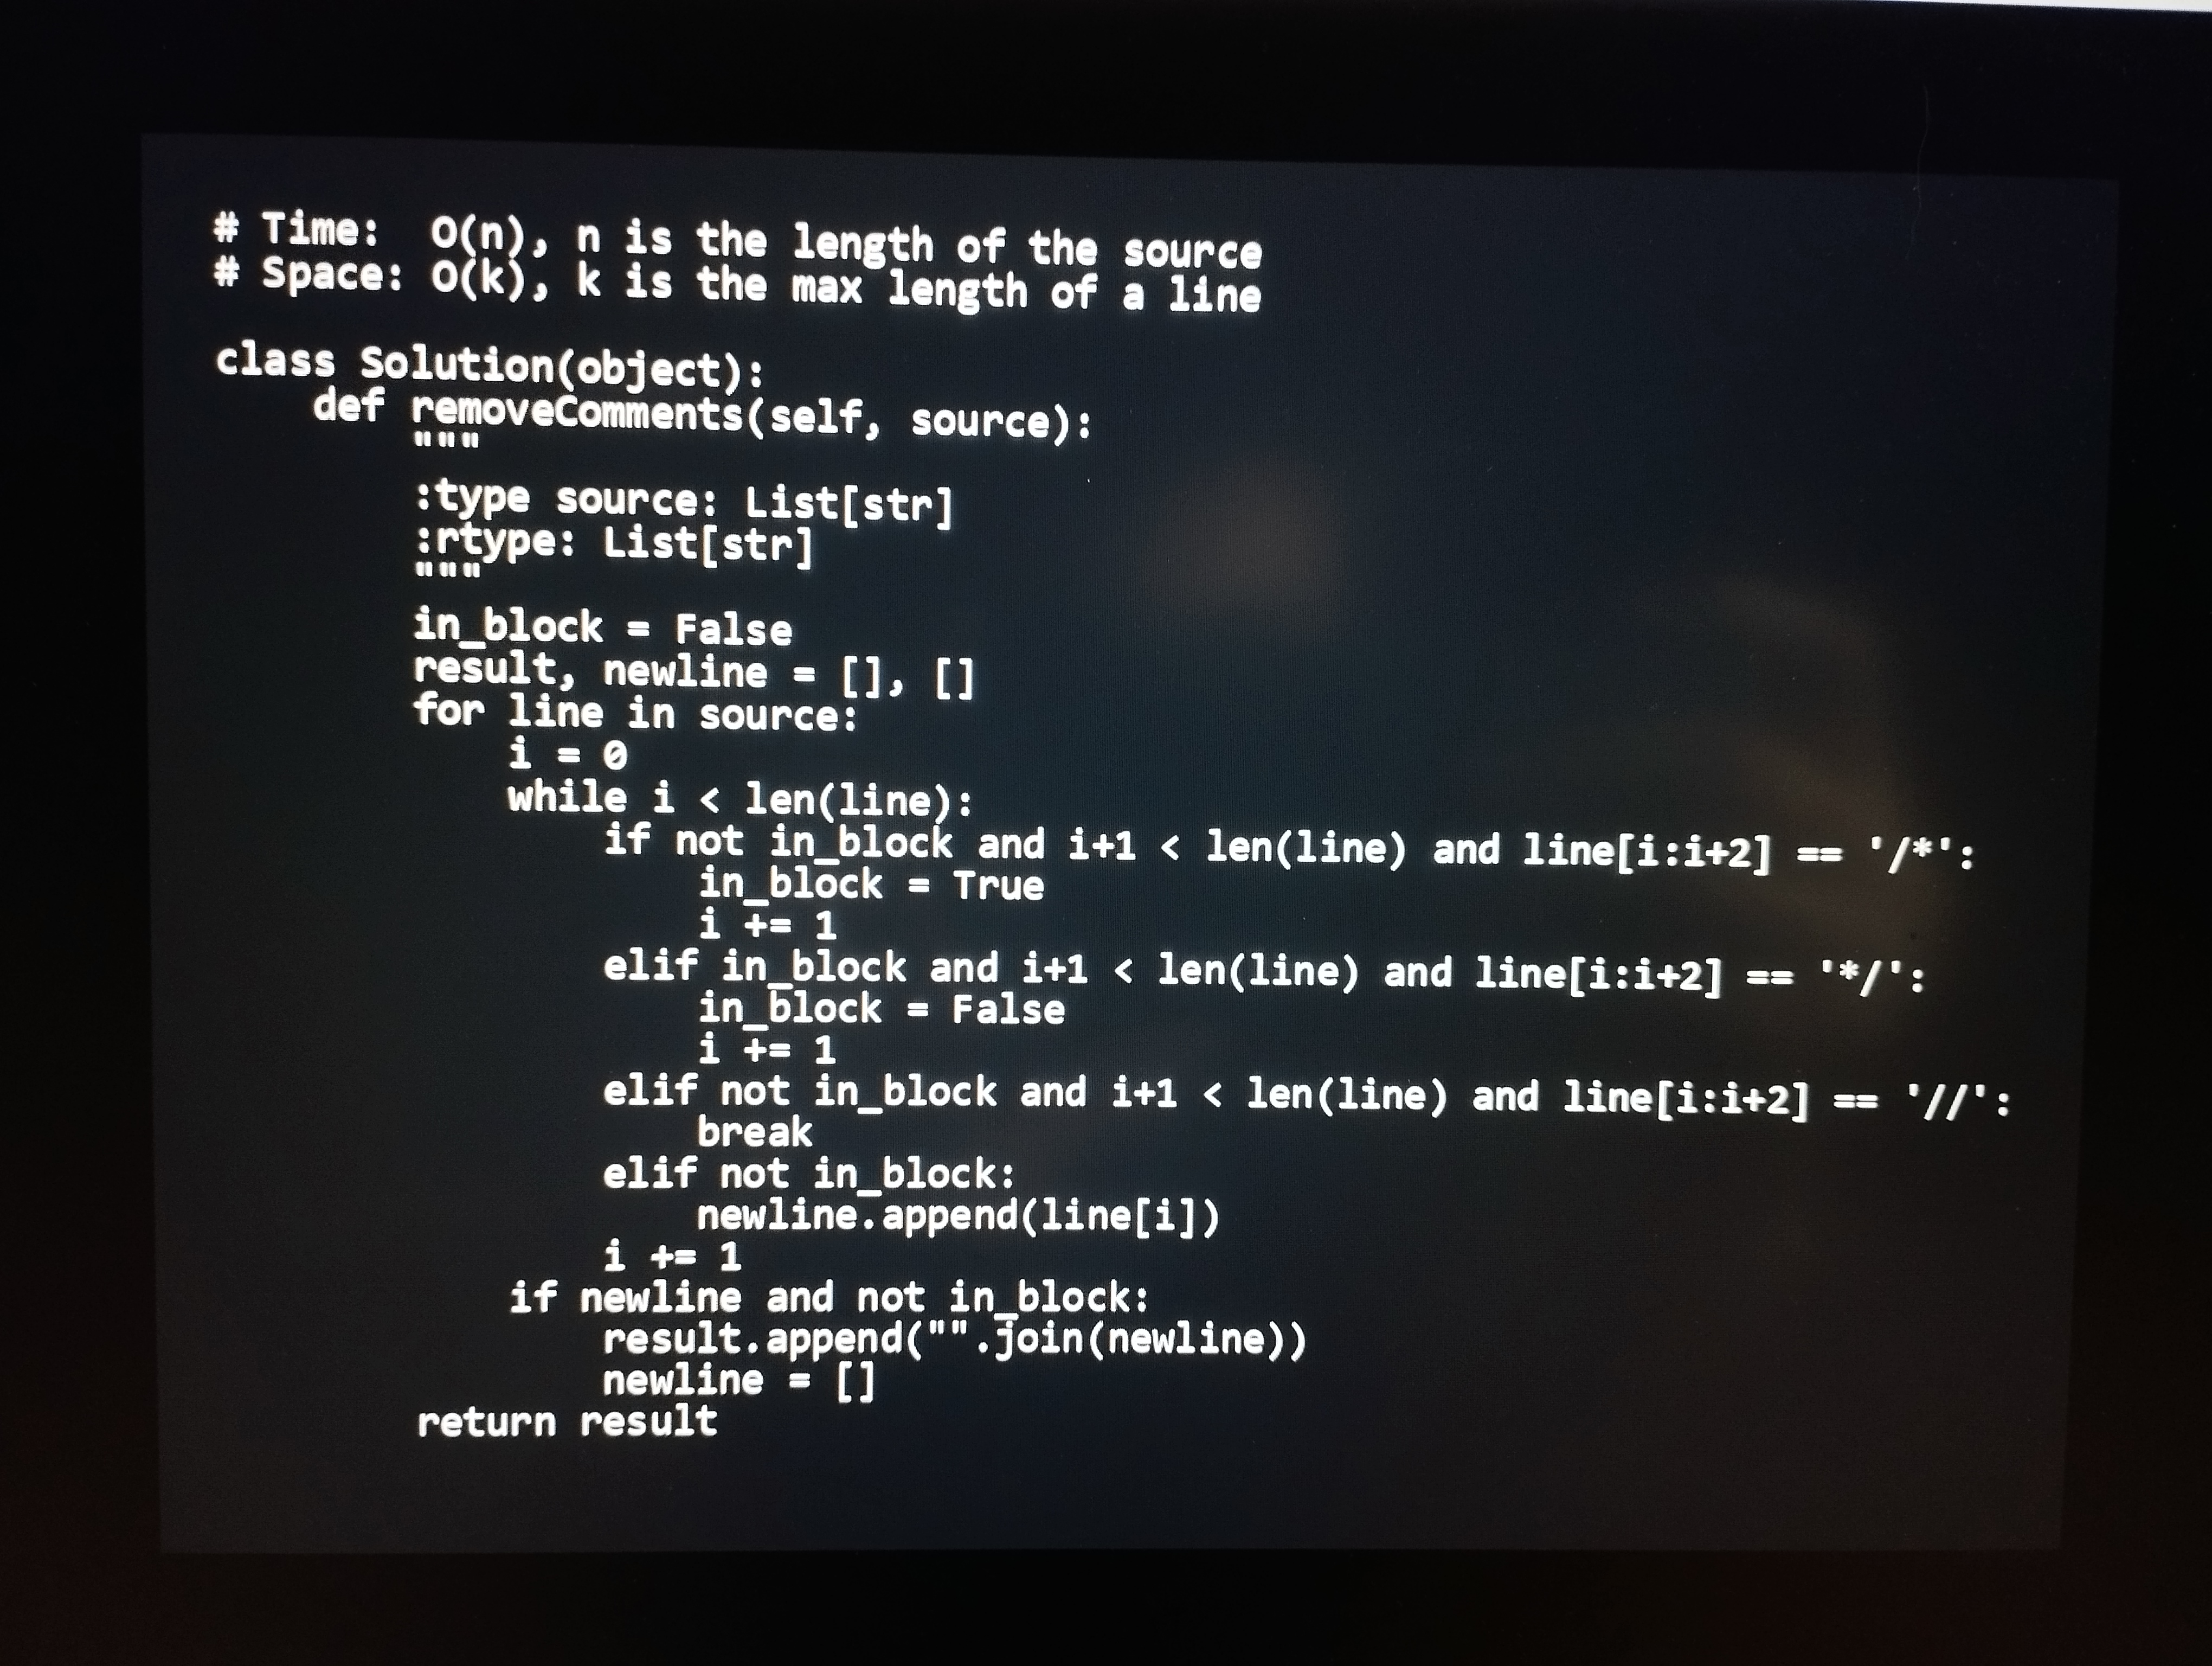
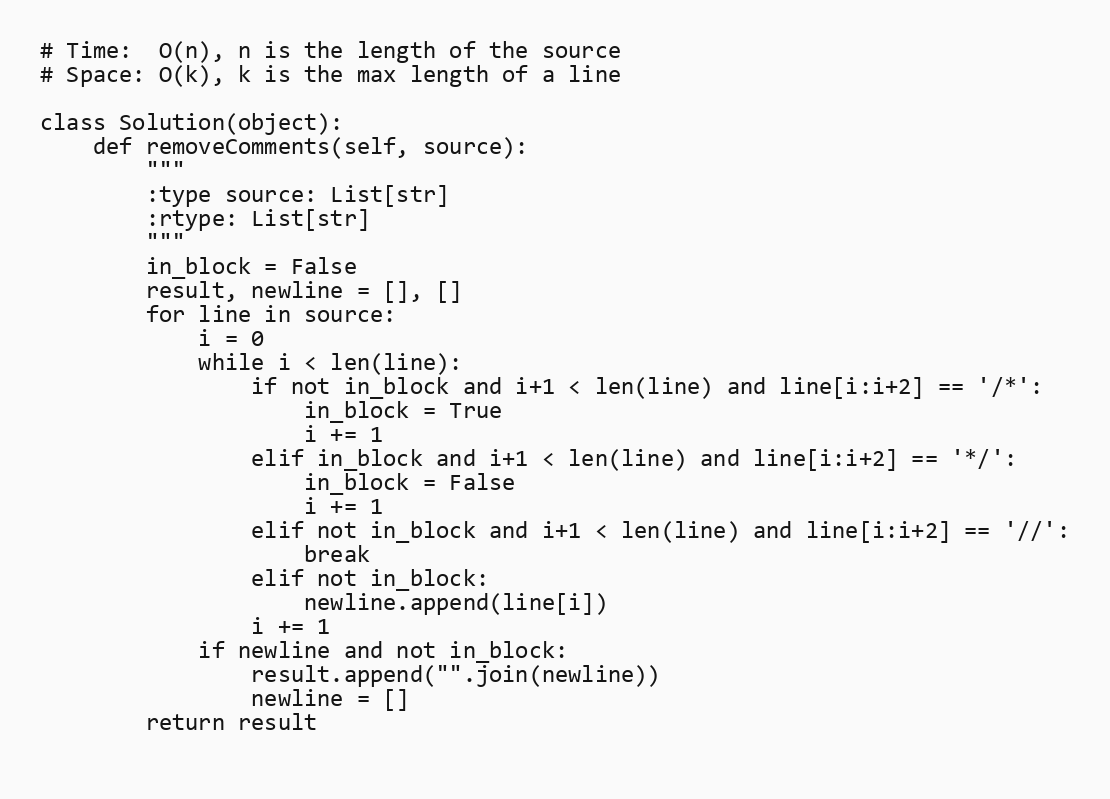
# Time:  O(n), n is the length of the source
# Space: O(k), k is the max length of a line

class Solution(object):
    def removeComments(self, source):
        """
        :type source: List[str]
        :rtype: List[str]
        """
        in_block = False
        result, newline = [], []
        for line in source:
            i = 0
            while i < len(line):
                if not in_block and i+1 < len(line) and line[i:i+2] == '/*':
                    in_block = True
                    i += 1
                elif in_block and i+1 < len(line) and line[i:i+2] == '*/':
                    in_block = False
                    i += 1
                elif not in_block and i+1 < len(line) and line[i:i+2] == '//':
                    break
                elif not in_block:
                    newline.append(line[i])
                i += 1
            if newline and not in_block:
                result.append("".join(newline))
                newline = []
        return result